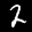
Label: 2